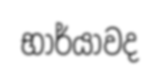
භාර්යාවද